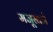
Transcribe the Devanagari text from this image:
मजूरवर्ग